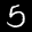
Label: 5